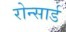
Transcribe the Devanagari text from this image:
रोन्सार्ड